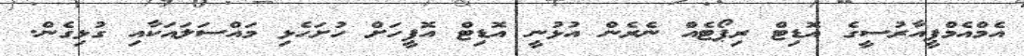
އެމްއެމްޕީއާރުސީގެ އޮޑިޓް ރިޕޯޓެއް ނެރެން އުޅުނީ އޮޑިޓް އޮފީހަށް ހުށަހެޅި މައްސަލައަކާއި ގުޅިގެން.